Indian journal of veterinary science and animal husbandry - Volumes 22-23, 1952-1953
Year: 1952
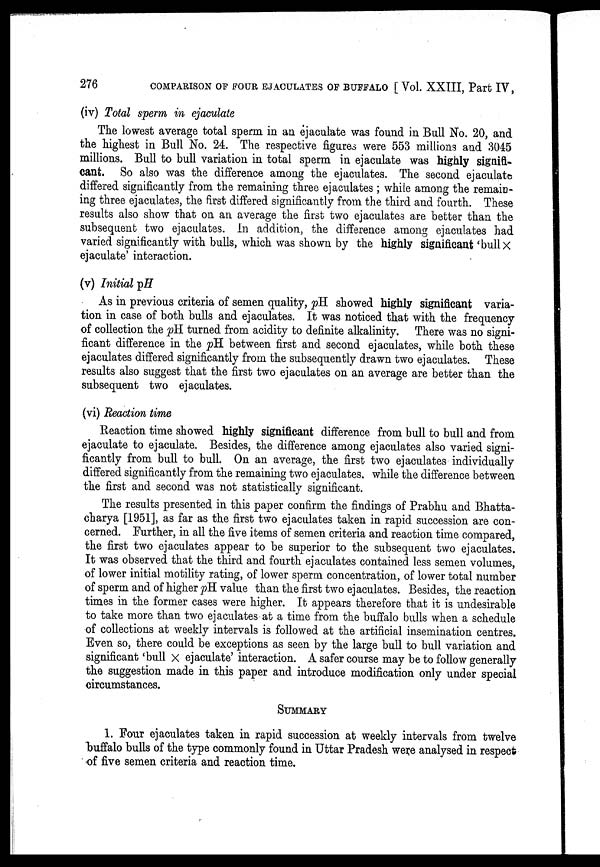
276
COMPARISON OF FOUR EJACULATES OF BUFFALO [Vol. XXIII, Part IV,
(iv) Total sperm in ejaculate
The lowest average total sperm in an ejaculate was found in Bull No. 20, and
the highest in Bull No. 24. The respective figures were 553 millions and 3045
millions. Bull to bull variation in total sperm in ejaculate was highly signifi-
cant. So also was the difference among the ejaculates. The second ejaculate
differed significantly from the remaining three ejaculates; while among the remain-
ing three ejaculates, the first differed significantly from the third and fourth. These
results also show that on an average the first two ejaculates are better than the
subsequent two ejaculates. In addition, the difference among ejaculates had
varied significantly with bulls, which was shown by the highly significant 'bull x
ejaculate' interaction.
(v) Initial pH
As in previous criteria of semen quality, pH showed highly significant varia-
tion in case of both bulls and ejaculates. It was noticed that with the frequency
of collection the pH turned from acidity to definite alkalinity. There was no signi-
ficant difference in the pH between first and second ejaculates, while both these
ejaculates differed significantly from the subsequently drawn two ejaculates. These
results also suggest that the first two ejaculates on an average are better than the
subsequent two ejaculates.
(vi) Reaction time
Reaction time showed highly significant difference from bull to bull and from
ejaculate to ejaculate. Besides, the difference among ejaculates also varied signi-
ficantly from bull to bull. On an average, the first two ejaculates individually
differed significantly from the remaining two ejaculates, while the difference between
the first and second was not statistically significant.
The results presented in this paper confirm the findings of Prabhu and Bhatta-
charya [1951], as far as the first two ejaculates taken in rapid succession are con-
cerned. Further, in all the five items of semen criteria and reaction time compared,
the first two ejaculates appear to be superior to the subsequent two ejaculates.
It was observed that the third and fourth ejaculates contained less semen volumes,
of lower initial motility rating, of lower sperm concentration, of lower total number
of sperm and of higher pH value than the first two ejaculates. Besides, the reaction
times in the former cases were higher. It appears therefore that it is undesirable
to take more than two ejaculates at a time from the buffalo bulls when a schedule
of collections at weekly intervals is followed at the artificial insemination centres.
Even so, there could be exceptions as seen by the large bull to bull variation and
significant 'bull X ejaculate' interaction. A safer course may be to follow generally
the suggestion made in this paper and introduce modification only under special
circumstances.
SUMMARY
1. Four ejaculates taken in rapid succession at weekly intervals from twelve
buffalo bulls of the type commonly found in Uttar Pradesh were analysed in respect
of five semen criteria and reaction time.